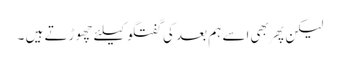
لیکن پهر بهی اسے ہم بعد کی گفتگو کیلئے چهوڑتے ہیں ۔